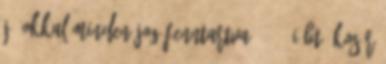
jó okkal Minden jog fenntartva 2018. I Bt. Kosár